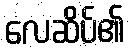
လေဆိပ်၏